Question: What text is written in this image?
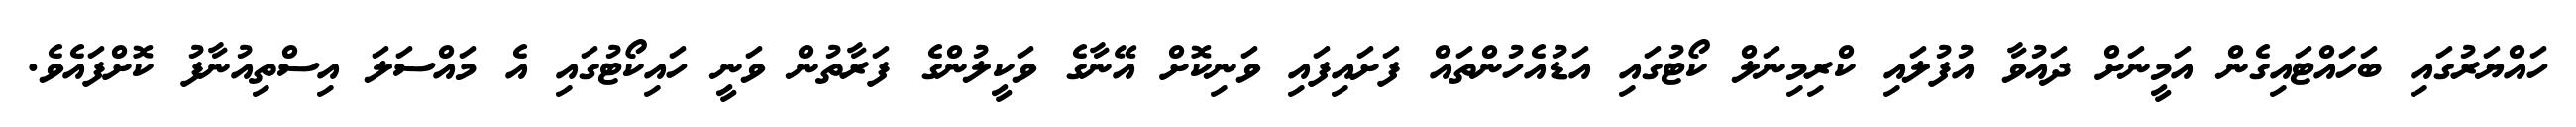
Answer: ހައްޔަރުގައި ބަހައްޓައިގެން އަމީނަށް ދައުވާ އުފުލައި ކްރިމިނަލް ކޯޓުގައި އަޑުއެހުންތައް ފަށައިފައި ވަނިކޮށް އޭނާގެ ވަކީލުންގެ ފަރާތުން ވަނީ ހައިކޯޓުގައި އެ މައްސަލަ އިސްތިއުނާފު ކޮށްފައެވެ.